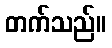
တက်သည်။